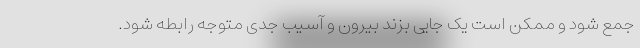
جمع شود و ممکن است یک جایی بزند بیرون و آسیب جدی متوجه رابطه شود.